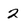
Character: 2